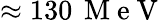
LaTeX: \approx 130\, \mathrm{~M~e~V~}